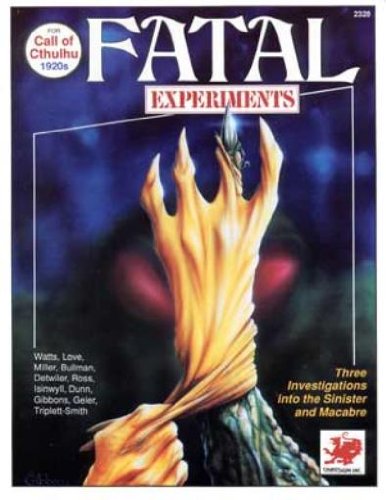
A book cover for Fatal Experiments (Call of Cthulhu Horror Roleplaying, 1920s, Chaosium# 2328); Richard Watts; Science Fiction & Fantasy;